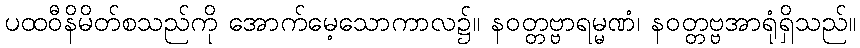
ပထဝီနိမိတ်စသည်ကို အောက်မေ့သောကာလ၌။ နဝတ္တဗ္ဗာရမ္မဏံ၊ နဝတ္တဗ္ဗအာရုံရှိသည်။